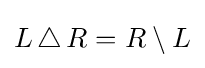
L\,\triangle \,R=R\setminus L